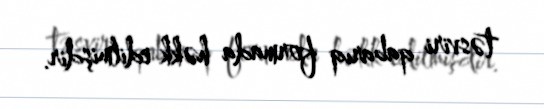
təsviri qabarıq formada həkk edilmişdir.